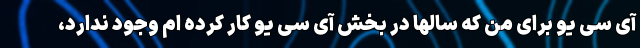
آی سی یو برای من که سالها در بخش آی سی یو کار کرده ام وجود ندارد،